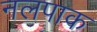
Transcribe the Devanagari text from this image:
नलपाक